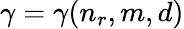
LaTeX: \gamma=\gamma(n_{r},m,d)